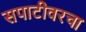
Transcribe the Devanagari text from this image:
सपाटीवरचा